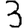
Digit: 3